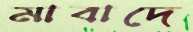
মাবাদে